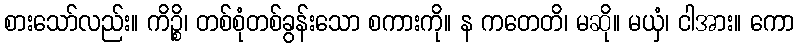
စားသော်လည်း။ ကိဉ္စိ၊ တစ်စုံတစ်ခွန်းသော စကားကို။ န ကတေတိ၊ မဆို။ မယှံ၊ ငါအား။ ကော